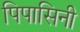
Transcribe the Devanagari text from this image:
पिपासिनी